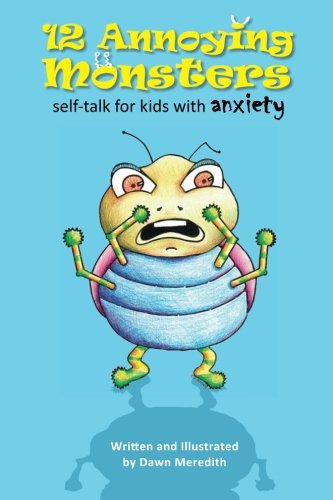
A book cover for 12 Annoying Monsters: Self-talk for kids with anxiety; Dawn Meredith; Self-Help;